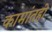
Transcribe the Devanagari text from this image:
कामांतही